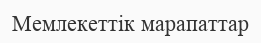
Мемлекеттік марапаттар